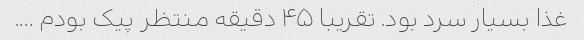
غذا بسیار سرد بود. تقریبا ۴۵ دقیقه منتظر پیک بودم ….